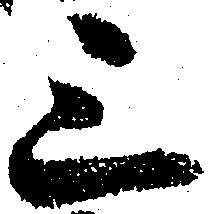
三